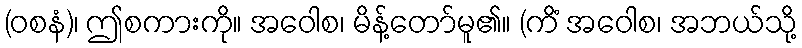
(ဝစနံ)၊ ဤစကားကို။ အဝေါစ၊ မိန့်တော်မူ၏။ (ကိံ အဝေါစ၊ အဘယ်သို့